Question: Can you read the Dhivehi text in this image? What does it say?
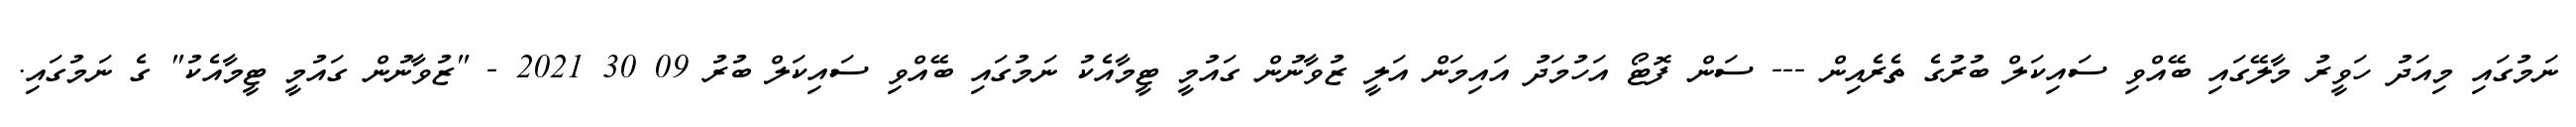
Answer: ނަމުގައި މިއަދު ހަވީރު މާލޭގައި ބޭއްވި ސައިކަލް ބުރުގެ ތެރެއިން --- ސަން ފޮޓޯ އަހުމަދު އައިމަން އަލީ ޒުވާނުން ގައުމީ ޓީމާއެކު ނަމުގައި ބޭއްވި ސައިކަލް ބުރު 09 30 2021 - "ޒުވާނުން ގައުމީ ޓީމާއެކު" ގެ ނަމުގައި.